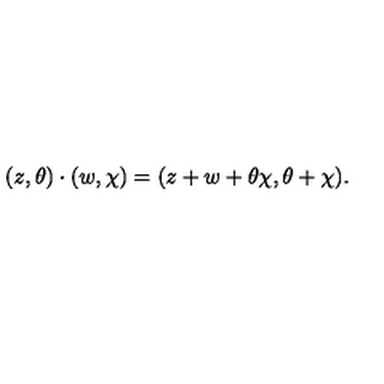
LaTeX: ( z , \theta ) \cdot ( w , \chi ) = ( z + w + \theta \chi , \theta + \chi ) .